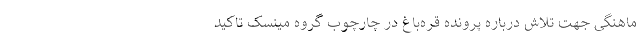
ماهنگی جهت تلاش درباره پرونده قره‌باغ در چارچوب گروه مینسک تاکید